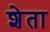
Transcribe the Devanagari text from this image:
शेता